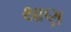
થાણ